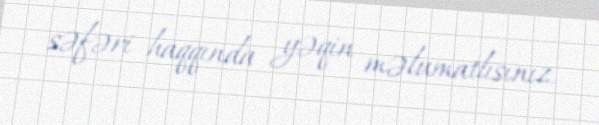
səfəri haqqında yəqin məlumatlısınız.